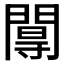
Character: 𨵏